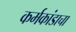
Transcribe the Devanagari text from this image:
कर्मकांडाचा